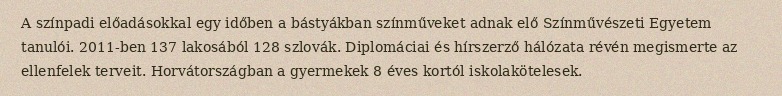
A színpadi előadásokkal egy időben a bástyákban színműveket adnak elő Színművészeti Egyetem tanulói. 2011-ben 137 lakosából 128 szlovák. Diplomáciai és hírszerző hálózata révén megismerte az ellenfelek terveit. Horvátországban a gyermekek 8 éves kortól iskolakötelesek.